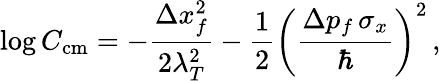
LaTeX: \log C_{\mathrm{cm}}=-\frac{\Delta x_{f}^{2}}{2\lambda_{T}^{2}}-\frac{1}{2}\left(\frac{\Delta p_{f}\, \sigma_{x}}{\hbar}\right)^{2}\, ,